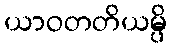
ယာဝတတိယမ္ပိ